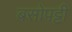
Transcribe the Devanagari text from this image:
बसोपट्टी